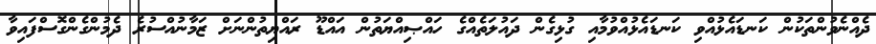
ދެއްނެވުންތަކުން ކަނޑައެޅުއްވި ކަނޑައެޅުއްވުމާއި ގުޅިގެން ދައުލަތެއްގެ ހައްޞިއްޔަތުން އައްޑޫ ރައްޔިތުންނަށް ޒަމާނުއްސުރެ ދެމުންގެންގޮސްފައިވާ